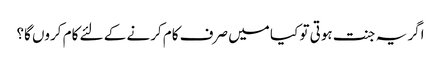
اگر یہ جنت ہوتی تو کیا میں صرف کام کرنے کے لئے کام کروں گا؟